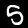
Digit: 5